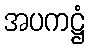
အပကဋ္ဌံ